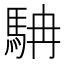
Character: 𩢡